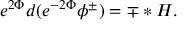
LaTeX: e ^ { 2 \Phi } d ( e ^ { - 2 \Phi } \phi ^ { \pm } ) = \mp * H .